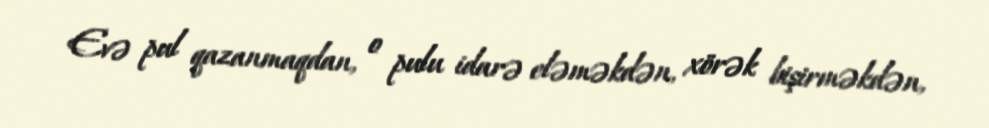
Evə pul qazanmaqdan, o pulu idarə eləməkdən, xörək bişirməkdən,